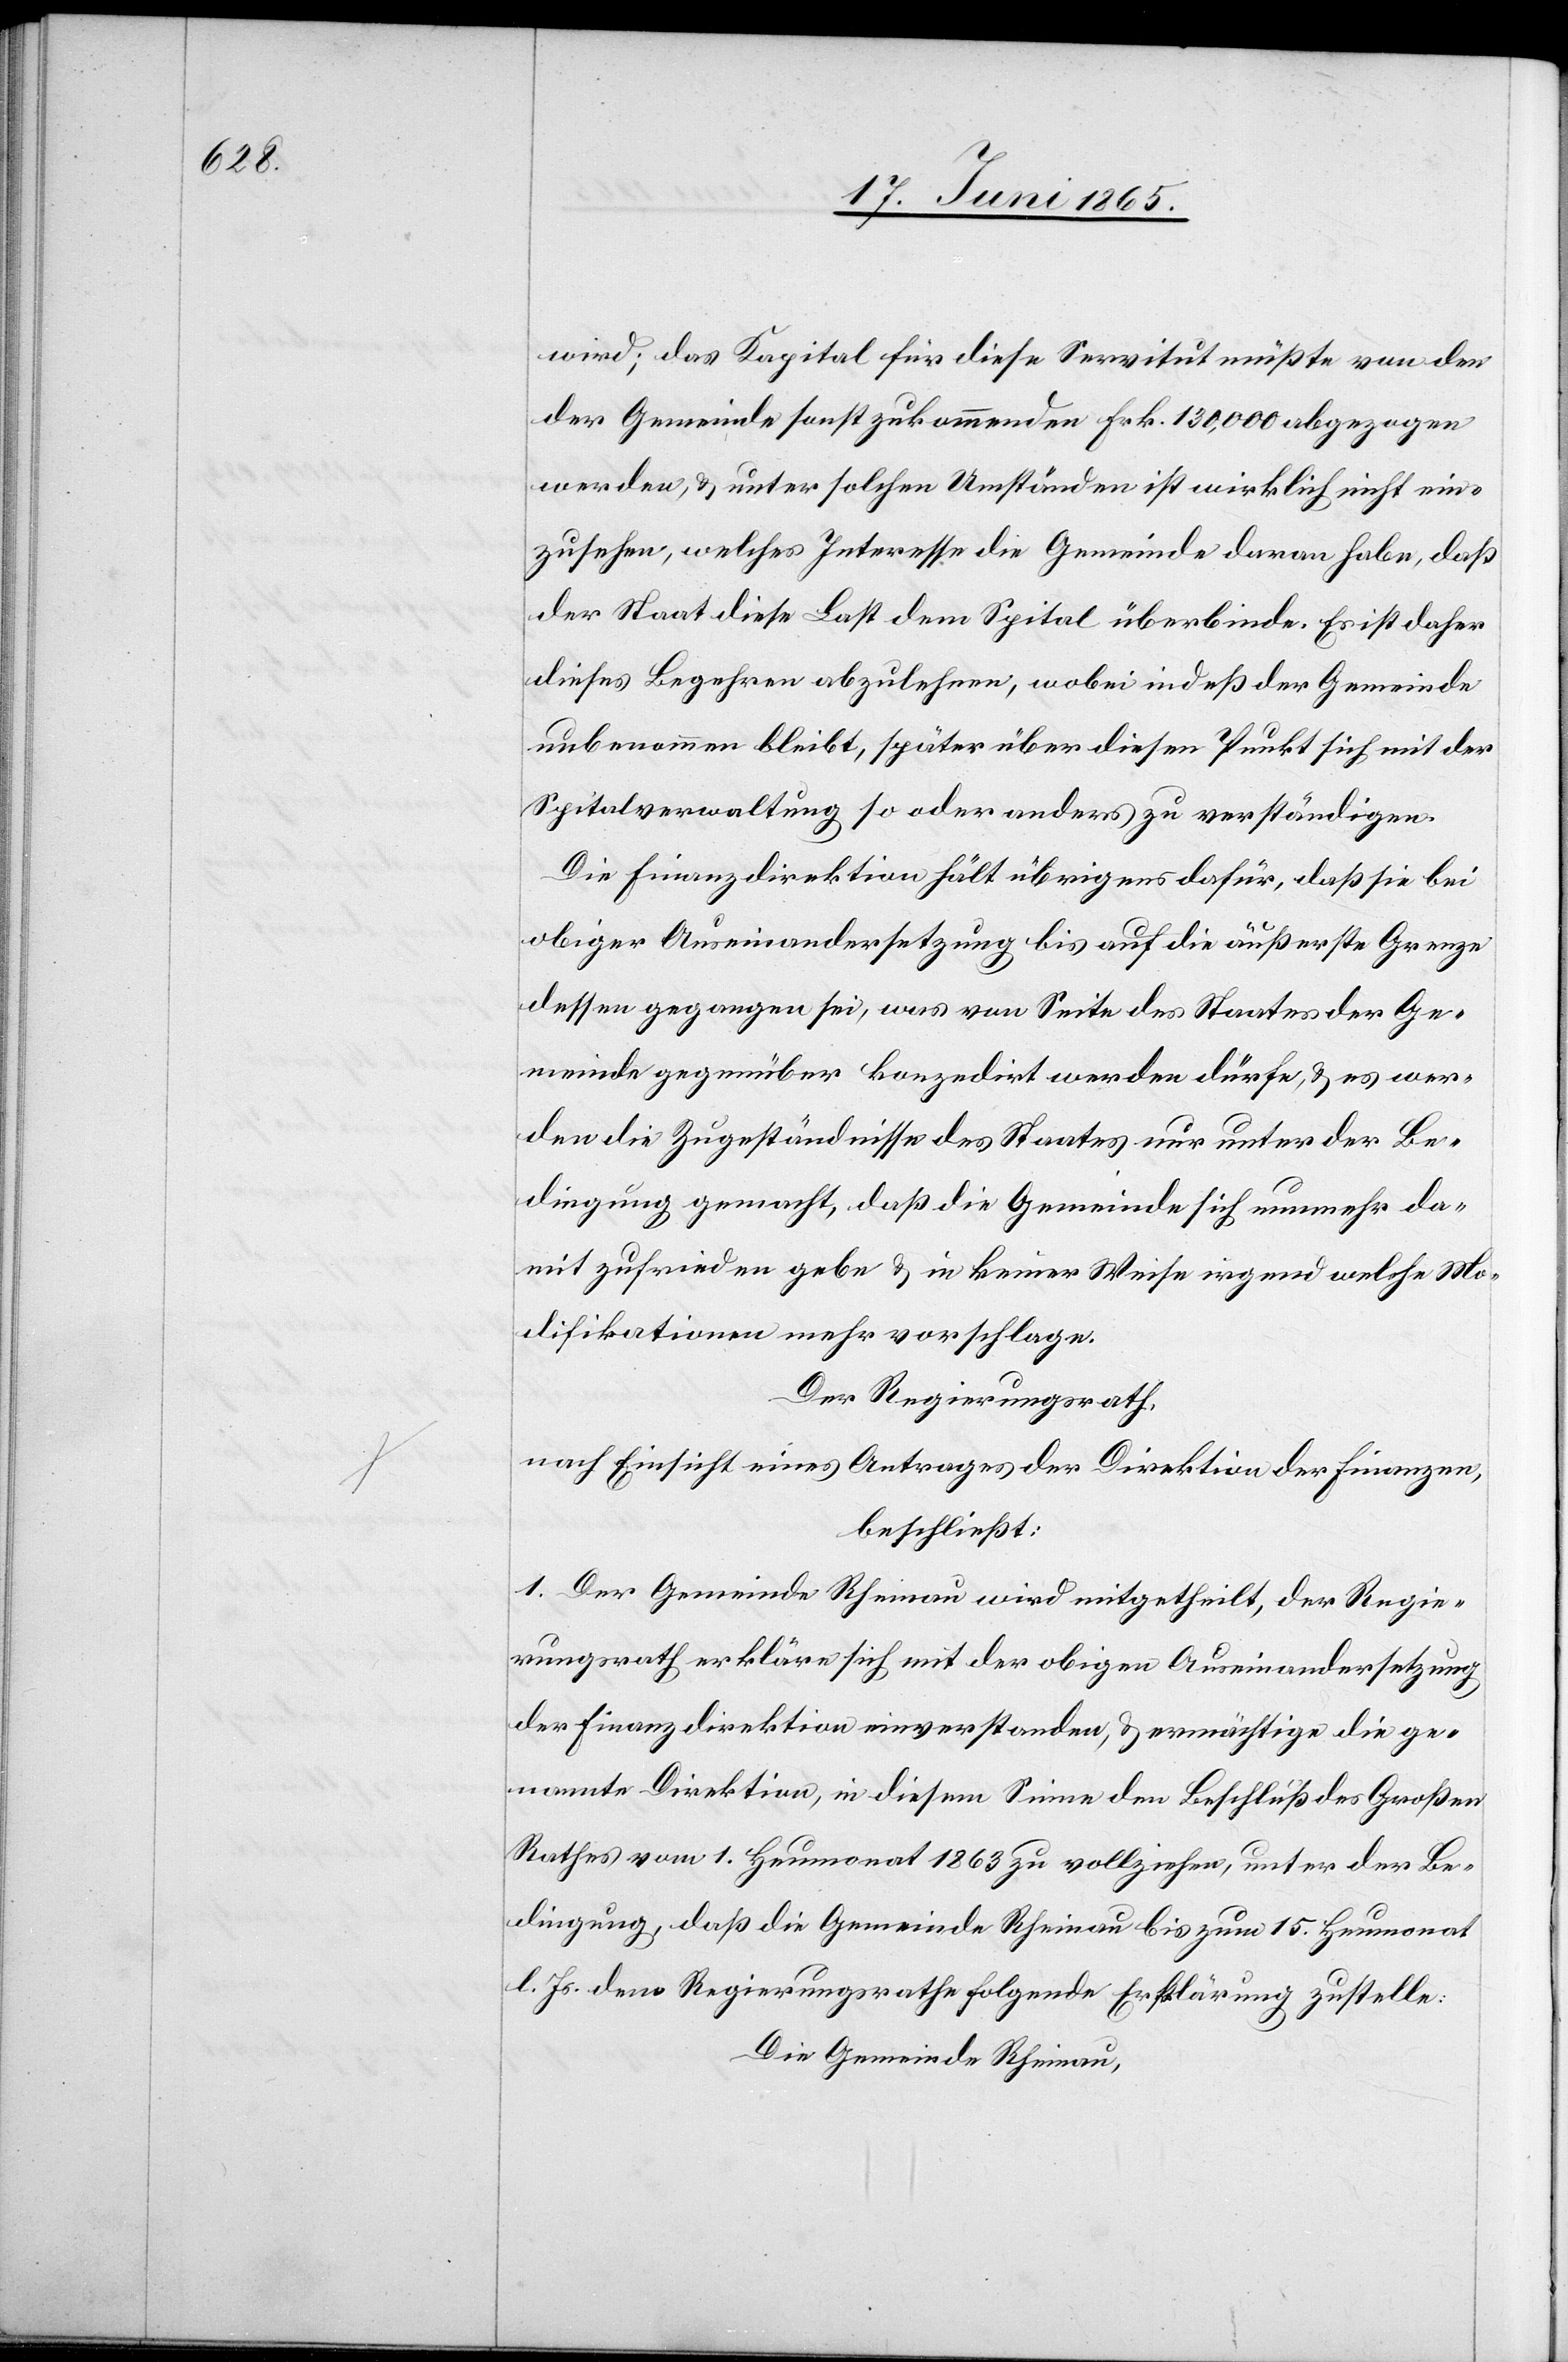
wird; das Kapital für diese Servitut müßte von den
der Gemeinde sonst zukommenden Frk. 130,000 abgezogen
werden, & unter solchen Umständen ist wirklich nicht ein¬
zusehen, welches Interesse die Gemeinde daran habe, daß
der Staat diese Last dem Spital überbinde. Es ist daher
dieses Begehren abzulehnen, wobei indeß der Gemeinde
unbenommen bleibt, später über diesen Punkt sich mit der
Spitalverwaltung so oder anders zu verständigen.
Die Finanzdirektion hält übrigens dafür, daß sie bei
obiger Auseinandersetzung bis auf die äußerste Grenze
dessen gegangen sei, was von Seite des Staates der Ge¬
meinde gegenüber konzedirt werden dürfe, & es wer¬
den die Zugeständnisse des Staates nur unter der Be¬
dingung gemacht, daß die Gemeinde sich nunmehr da¬
mit zufrieden gebe & in keiner Weise irgend welche Mo¬
difikationen mehr vorschlage.
Der Regierungsrath,
nach Einsicht eines Antrages der Direktion der Finanzen,
beschließt:
1. Der Gemeinde Rheinau wird mitgetheilt, der Regie¬
rungsrath erkläre sich mit der obigen Auseinandersetzung
der Finanzdirektion einverstanden, & ermächtige die ge¬
nannte Direktion, in diesem Sinne den Beschluß des Großen
Rathes vom 1. Heumonat 1863 zu vollziehen, unter der Be¬
dingung, das die Gemeinde Rheinau bis zum 15. Heumonat
l. Js. dem Regierungsrathe folgende Erklärung zustelle:
Die Gemeinde Rheinau,